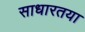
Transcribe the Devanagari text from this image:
साधारतया